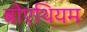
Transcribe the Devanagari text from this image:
बोएथियम